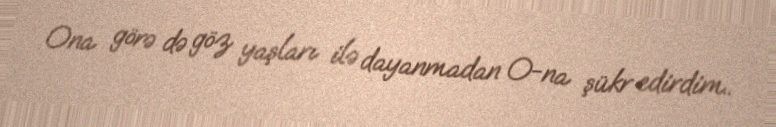
Ona görə də göz yaşları ilə dayanmadan O-na şükr edirdim..